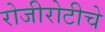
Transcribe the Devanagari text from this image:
रोजीरोटीचे